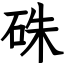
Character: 硃